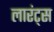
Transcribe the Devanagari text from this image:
लारंट्स